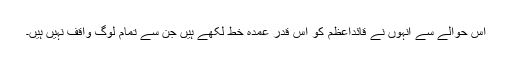
اس حوالے سے انہوں نے قائداعظم کو اس قدر عمدہ خط لکھے ہیں جن سے تمام لوگ واقف نہیں ہیں۔